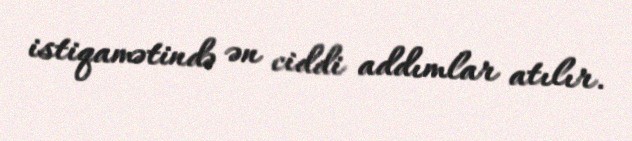
istiqamətində ən ciddi addımlar atılır.